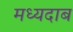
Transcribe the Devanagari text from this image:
मध्यदाब